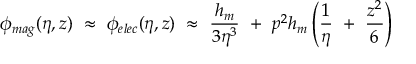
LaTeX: \phi _ { m a g } ( \eta , z ) ~ \approx ~ \phi _ { e l e c } ( \eta , z ) ~ \approx ~ \frac { h _ { m } } { 3 \eta ^ { 3 } } ~ + ~ p ^ { 2 } h _ { m } \left( \frac 1 \eta ~ + ~ \frac { z ^ { 2 } } 6 \right)